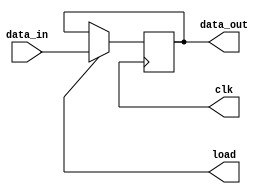
module PIPO (data_out, data_in, load, clk);
   input [15:0] data_in;
   output load, clk;
   output reg [15:0] data_out;

  always @ (posedge clk)
    if (load) data_out <= data_in;
endmodule

module SUB (out, in1, in2);
   input [15:0] in1, in2;
   output reg [15:0] out;

   always @ (*)
     out = in1 - in2;
endmodule

module COMPARE (lt, gt, eq, data1, data2);
   input [15:0] data1, data2;
   output lt, gt, eq;
   
   assign lt = data1 < data2;
   assign gt = data1 > data2;
   assign eq = data1 == data2;
endmodule

module MUX (out, in0, in1, sel);
  input [15:0] in0, in1;
  input sel;
  output [15:0] out;
  
  assign out = sel ? in1 : in0;
endmodule